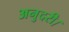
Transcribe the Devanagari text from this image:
अनुदरी।